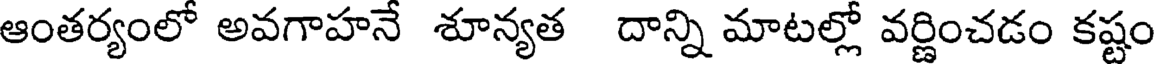
ఆంతర్యంలో అవగాహనే శూన్యత దాన్ని మాటల్లో వర్ణించడం కష్టం